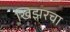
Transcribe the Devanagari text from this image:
खिझरचा